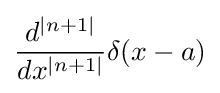
{\frac {d^{|n+1|}}{dx^{|n+1|}}}\delta (x-a)